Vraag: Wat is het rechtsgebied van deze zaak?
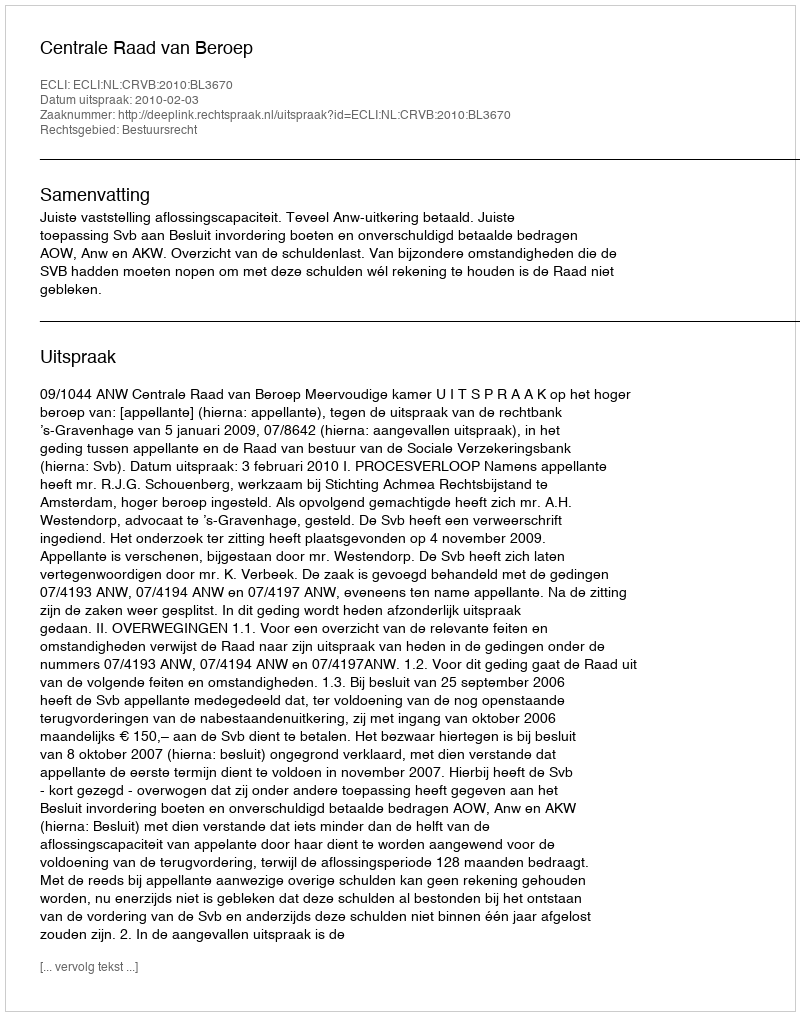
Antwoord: Bestuursrecht